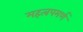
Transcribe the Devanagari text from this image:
महत्‍वपमर्ण